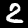
Digit: 2